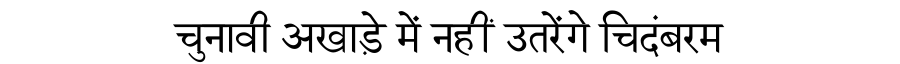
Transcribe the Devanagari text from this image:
चुनावी अखाड़े में नहीं उतरेंगे चिदंबरम